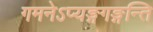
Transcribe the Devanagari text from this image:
गमनेऽप्यङ्गगङ्गन्ति